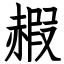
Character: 赮